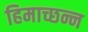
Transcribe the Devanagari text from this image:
हिमाच्छन्न